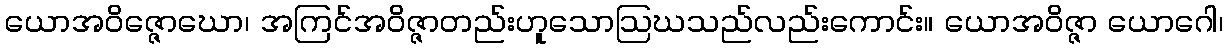
ယောအဝိဇ္ဇောဃော၊ အကြင်အဝိဇ္ဇာတည်းဟူသောဩဃသည်လည်းကောင်း။ ယောအဝိဇ္ဇာ ယောဂေါ၊